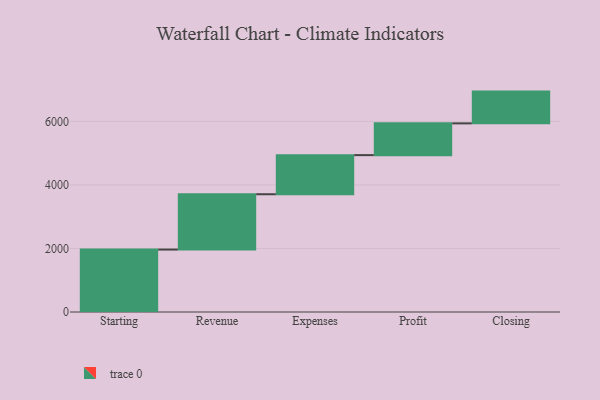
{"axis": {"x": "Step", "y": "Value"}, "legend": [""], "data": [{"x": "Starting", "y": 1966.0, "type": ""}, {"x": "Revenue", "y": 1741.0, "type": ""}, {"x": "Expenses", "y": 1231.0, "type": ""}, {"x": "Profit", "y": 1000, "type": ""}, {"x": "Closing", "y": 1000, "type": ""}]}